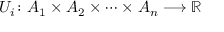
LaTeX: U _ { i } \colon A _ { 1 } \times A _ { 2 } \times \cdots \times A _ { n } \longrightarrow \mathbb { R }